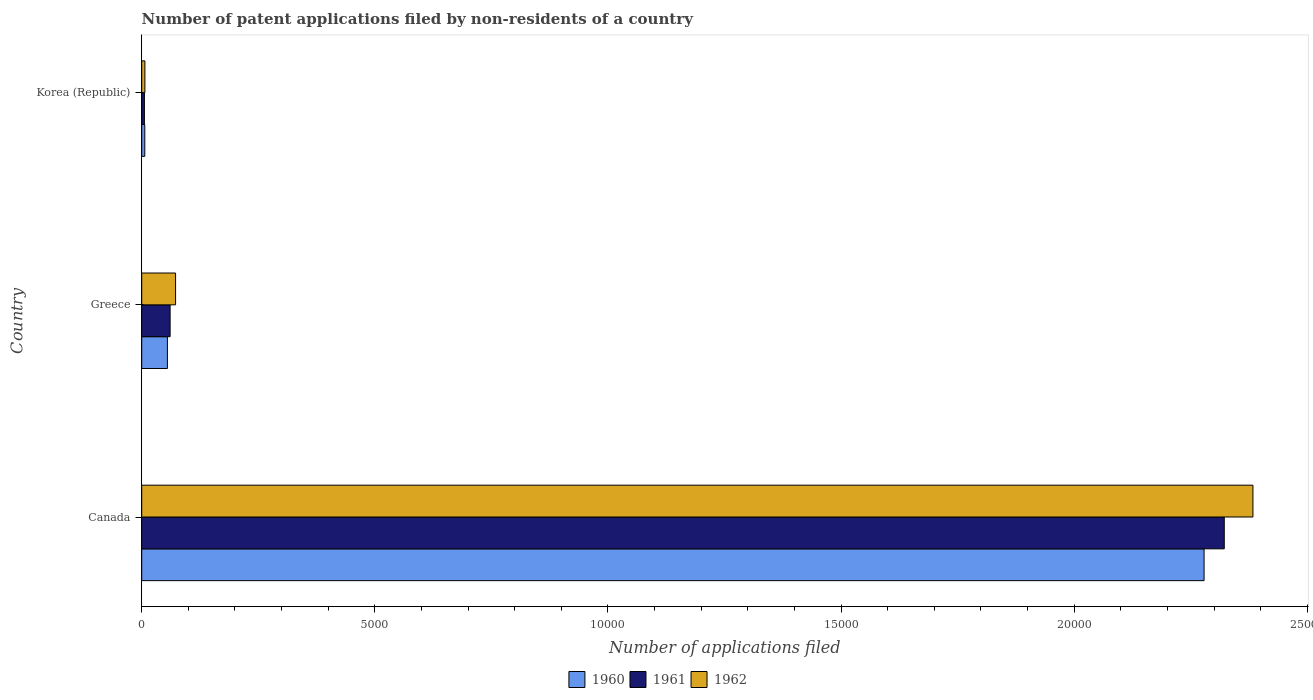
| Country | 1960 | 1961 | 1962 |
 | --- | --- | --- | --- |
 | Canada | 2.28e+04 | 2.32e+04 | 2.38e+04 |
 | Greece | 551 | 609 | 726 |
 | Korea (Republic) | 66 | 58 | 68 |